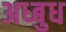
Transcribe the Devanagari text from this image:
अध्बुध